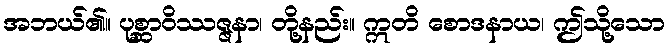
အဘယ်၏။ ပုစ္ဆာဝိဿဇ္ဇနာ၊ တို့နည်း။ ဣတိ စောဒနာယ၊ ဤသို့သော